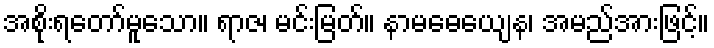
အစိုးရတော်မူသော။ ရာဇ၊ မင်းမြတ်။ နာမဓေယျေန၊ အမည်အားဖြင့်။